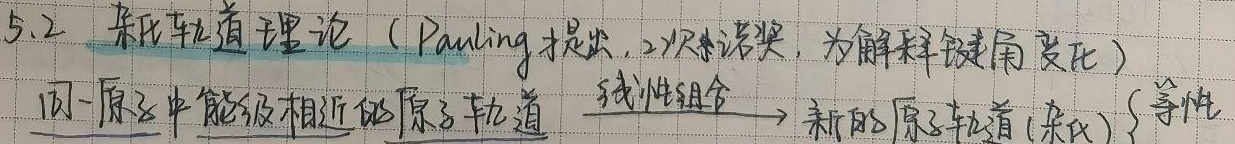
5.2 杂化轨道理论（Pauling提出，2次诺奖，为解释键角变化）
同一原子中能级相近的原子轨道$\xrightarrow{\text{线性组合}}$ 新的原子轨道(杂化)
$\begin{cases}
\text{等性}
\end{cases}$